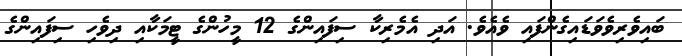
ބައިވެރިވެވަޑައިގެންފައި ވެއެވެ. އަދި އެމެރިކާ ސިފައިންގެ 12 މީހުންގެ ޓީމަކާއި ދިވެހި ސިފައިންގެ